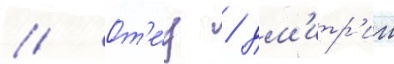
// От'е́ц / дм'итр'ии